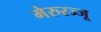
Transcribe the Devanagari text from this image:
मेरुरज्जू